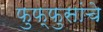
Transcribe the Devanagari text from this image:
फुफ्फुसांचे